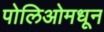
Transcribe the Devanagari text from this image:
पोलिओमधून